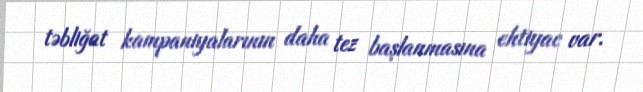
təbliğat kampaniyalarının daha tez başlanmasına ehtiyac var.